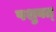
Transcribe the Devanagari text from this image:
पशुवत्